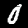
Digit: 0